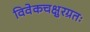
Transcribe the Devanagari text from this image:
विवेकचक्षुरग्रतः